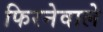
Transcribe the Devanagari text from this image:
फिरनेवाले